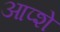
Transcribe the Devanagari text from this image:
आप्शे